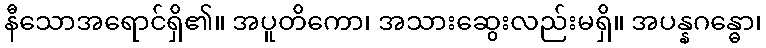
နီသောအရောင်ရှိ၏။ အပူတိကော၊ အသားဆွေးလည်းမရှိ။ အပန္နဂန္ဓော၊